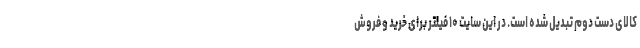
کالای دست دوم تبدیل شده است. در این سایت ۱۰ فیلتر برای خرید و فروش